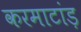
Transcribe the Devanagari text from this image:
करमाटांड़